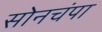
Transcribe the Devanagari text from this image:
सोनचंपा